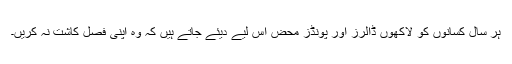
ہر سال کسانوں کو لاکھوں ڈالرز اور پونڈز محض اس لیے دیئے جاتے ہیں کہ وہ اپنی فصل کاشت نہ کریں۔